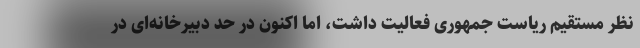
نظر مستقیم ریاست جمهوری فعالیت داشت، اما اکنون در حد دبیرخانه‌ای در